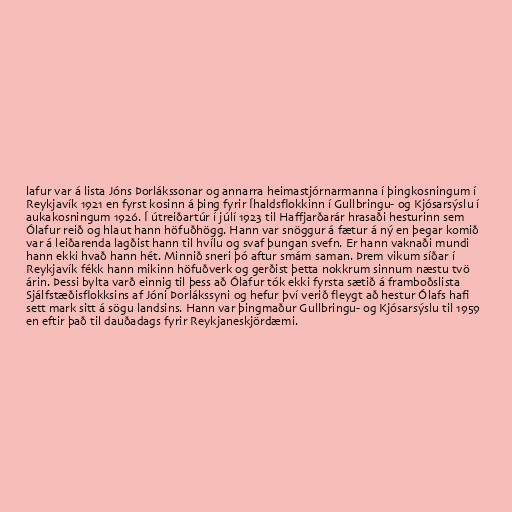
lafur var á lista Jóns Þorlákssonar og annarra heimastjórnarmanna í þingkosningum í
Reykjavík 1921 en fyrst kosinn á þing fyrir Íhaldsflokkinn í Gullbringu- og Kjósarsýslu í
aukakosningum 1926. Í útreiðartúr í júlí 1923 til Haffjarðarár hrasaði hesturinn sem
Ólafur reið og hlaut hann höfuðhögg. Hann var snöggur á fætur á ný en þegar komið
var á leiðarenda lagðist hann til hvílu og svaf þungan svefn. Er hann vaknaði mundi
hann ekki hvað hann hét. Minnið sneri þó aftur smám saman. Þrem vikum síðar í
Reykjavík fékk hann mikinn höfuðverk og gerðist þetta nokkrum sinnum næstu tvö
árin. Þessi bylta varð einnig til þess að Ólafur tók ekki fyrsta sætið á framboðslista
Sjálfstæðisflokksins af Jóni Þorlákssyni og hefur því verið fleygt að hestur Ólafs hafi
sett mark sitt á sögu landsins. Hann var þingmaður Gullbringu- og Kjósarsýslu til 1959
en eftir það til dauðadags fyrir Reykjaneskjördæmi.